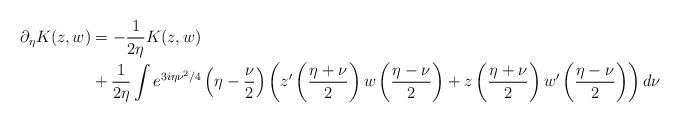
LaTeX: \begin{align*}\partial_\eta K(z,w) &= -\frac{1}{2\eta}K(z,w) \\& +\frac{1}{2\eta}\int e^{3i\eta\nu^2/4}\left(\eta-\frac{\nu}{2}\right)\left(z'\left(\frac{\eta+\nu}{2}\right)w\left(\frac{\eta-\nu}{2}\right) + z\left(\frac{\eta+\nu}{2}\right)w'\left(\frac{\eta-\nu}{2}\right)\right)d\nu\end{align*}